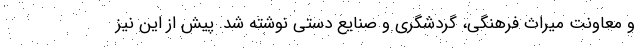
و معاونت میراث فرهنگی، گردشگری و صنایع دستی نوشته شد. پیش از این نیز